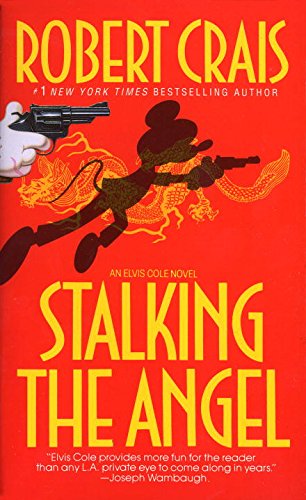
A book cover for Stalking the Angel (Elvis Cole, Book 2); Robert Crais; Mystery, Thriller & Suspense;